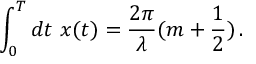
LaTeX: \int _ { 0 } ^ { T } d t \, \, x ( t ) = \frac { 2 \pi } { \lambda } ( m + \frac { 1 } { 2 } ) \, . \nonumber